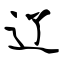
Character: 辽